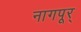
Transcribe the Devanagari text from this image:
नागपूर्